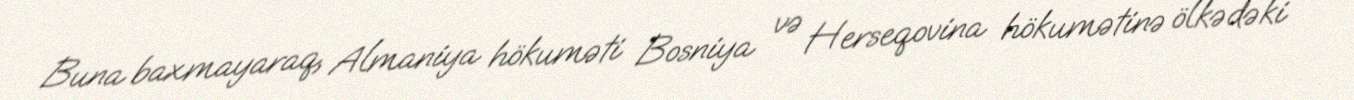
Buna baxmayaraq, Almaniya hökuməti Bosniya və Herseqovina hökumətinə ölkədəki